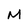
Character: M